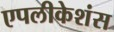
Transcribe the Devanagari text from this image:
एपलीकेशंस